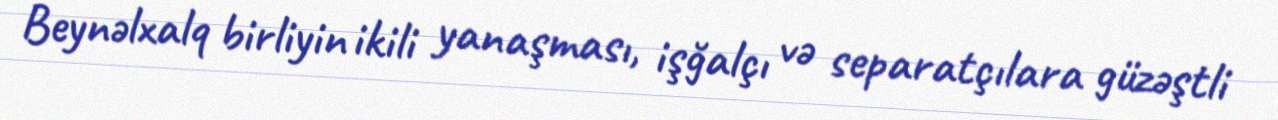
Beynəlxalq birliyin ikili yanaşması, işğalçı və separatçılara güzəştli